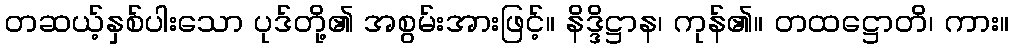
တဆယ့်နှစ်ပါးသော ပုဒ်တို့၏ အစွမ်းအားဖြင့်။ နိဒ္ဒိဋ္ဌာန၊ ကုန်၏။ တထဋ္ဌောတိ၊ ကား။